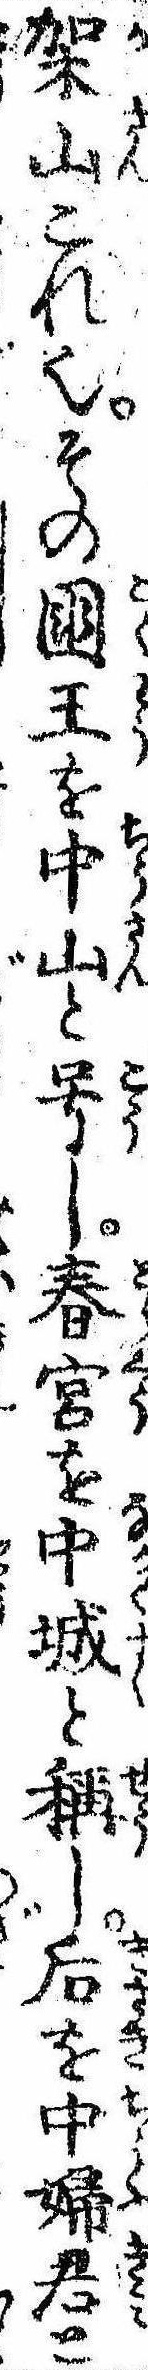
架山これ也その国王を中山と号し春宮を中城と称し后を中婦君と